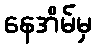
နေအိမ်မှ